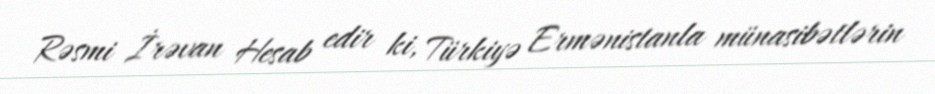
Rəsmi İrəvan Hesab edir ki, Türkiyə Ermənistanla münasibətlərin